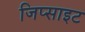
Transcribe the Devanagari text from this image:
जिप्साइट